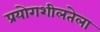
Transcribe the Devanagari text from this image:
प्रयोगशीलतेला